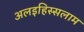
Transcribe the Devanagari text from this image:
अलइहिस्सलाम